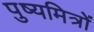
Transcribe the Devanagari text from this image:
पुष्यमित्रों